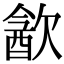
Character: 㱃